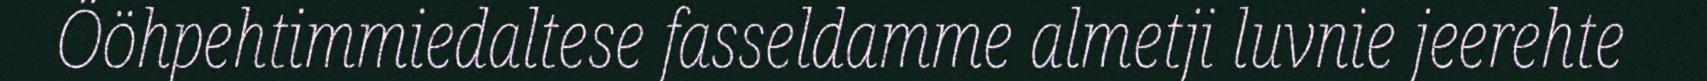
Ööhpehtimmiedaltese fasseldamme almetji luvnie jeerehte